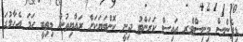
ޑިފެންސް މިނިސްޓްރ އައިސް ކަރަންޓު ދިނީ ކޮންބަޔަކަށް ރައްޔިތުން މިތިބީ ހަމަ އެހާލުގަ